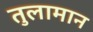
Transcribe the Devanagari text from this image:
तुलामान